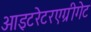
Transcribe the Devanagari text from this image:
आइटरेटरएग्रीगेट